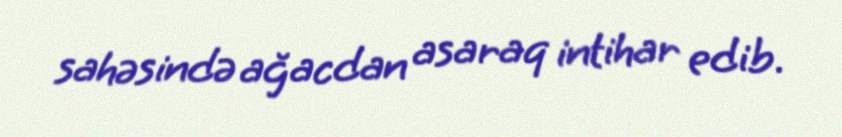
sahəsində ağacdan asaraq intihar edib.